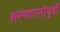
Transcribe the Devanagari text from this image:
शरणागतीपूर्वी